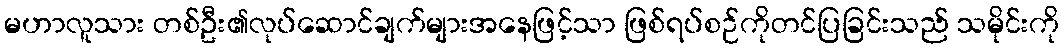
မဟာလူသား တစ်ဦး၏လုပ်ဆောင်ချက်များအနေဖြင့်သာ ဖြစ်ရပ်စဉ်ကိုတင်ပြခြင်းသည် သမိုင်းကို